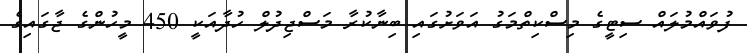
ފުވައްމުލައް ސިޓީގެ މިސްކިތްމަގު އަވަށުގައި ބިނާކުރާ މަސްޖިދުލް ހުދާއަކީ 450 މީހުންގެ ޖާގައިގެ